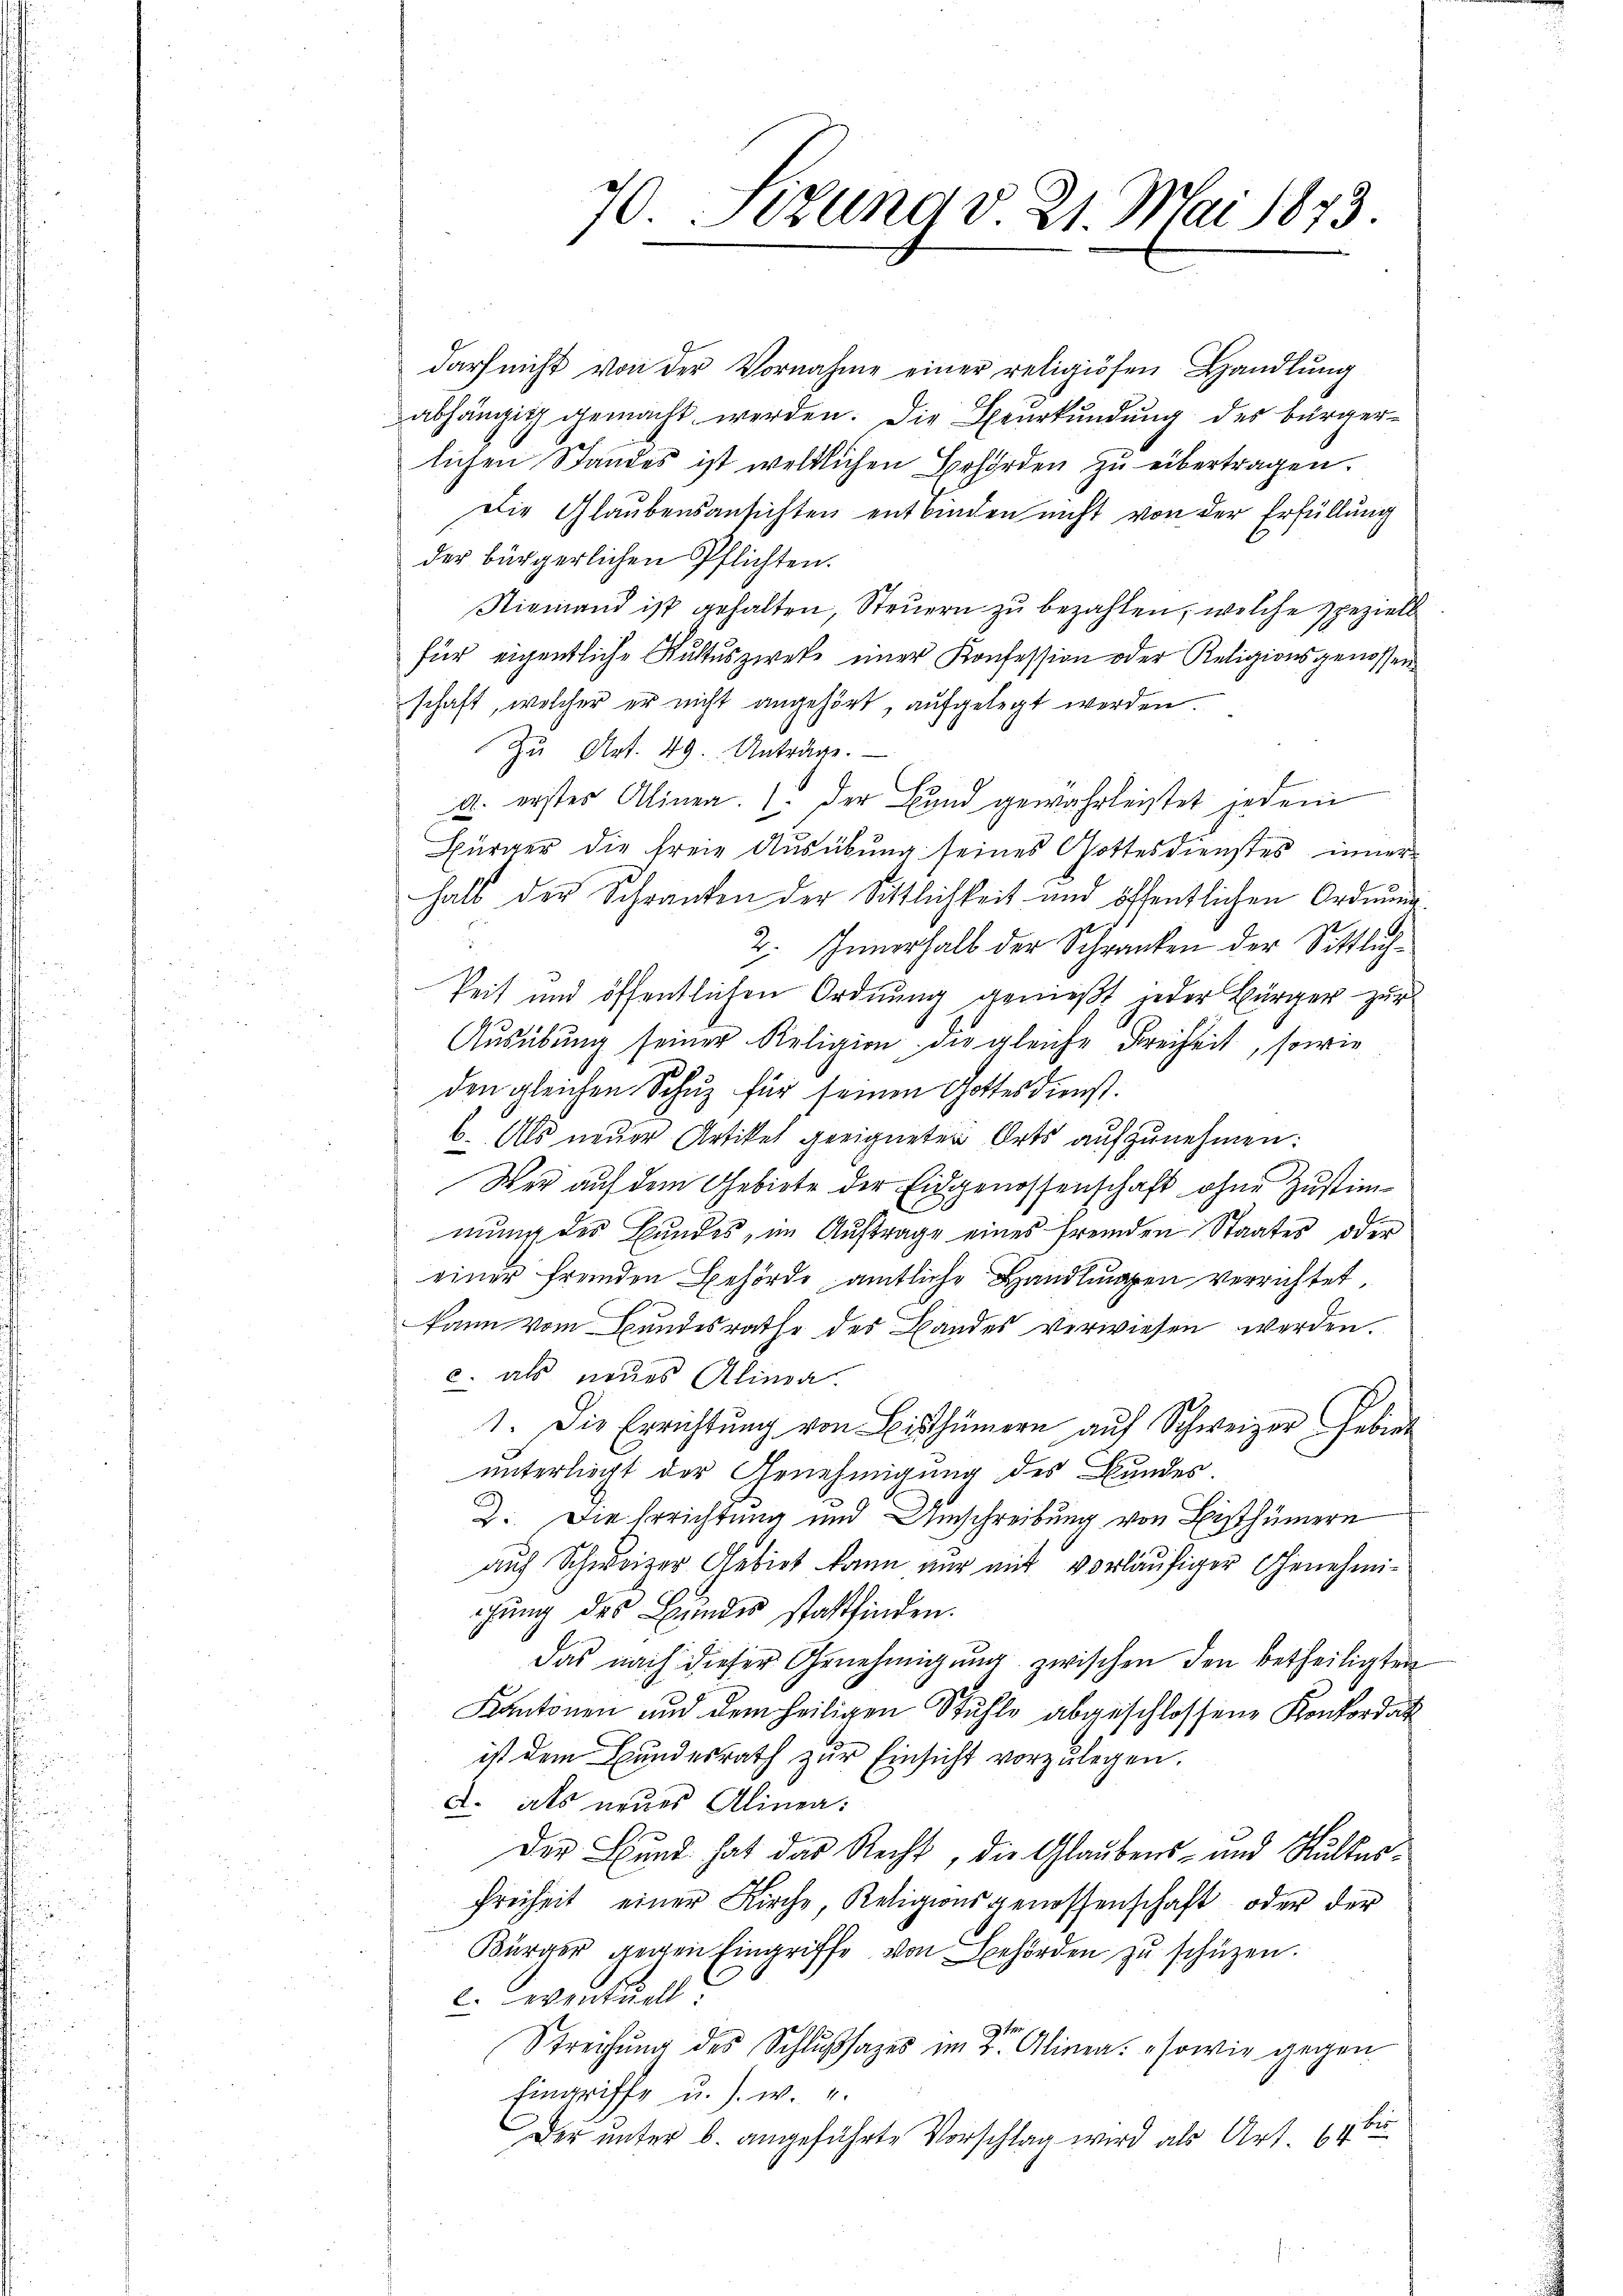
70. Jezung v. 21. Mai 1873.

darf nicht von der Vornahme einer religiösen Handlung
abhängig gemacht werden. Die Beurkundung des bürgerlichen Standes ist weltlichen Behörden zu übertragen.
Die Glaubensansichten entbinden nicht von der Erfüllung
der bürgerlichen Pflichten.
Niemand ist gehalten, Steuern zu bezahlen, welche speziell
für eigentliche Kultuszieke einer Konfession oder Religionsgenossen
schaft, welcher er nicht angehört, aufgelegt werden.
Zu Art. 49. Anträge.
a. erstes Alinea. 1. Der Bund gewährleistet jedem
Bürger die freie Ausübung seines Gottesdienstes inner
halb der Schranken der Sittlichkeit und öffentlichen Ordnung
2. Innerhalb der Schranken der Sittlichkeit und öffentlichen Ordnung genießt jeder Bürger zur
Aŭsübŭng seiner Religion die gleiche Freiheit, sowie
den gleichen Schuz für seinen Gottesdienst.
b. Als neuer Artikel geeigneten Orts aufzunehmen:
Wer auf dem Gebiete der Eidgenossenschaft ohne Zustim¬
2
mung des Bundes, im Auftrage eines fremden Staates oder
einer fremden Behörde amtliche Handlungen verrichtet,
kann vom Bundesrathe des Bandes verwiesen werden.
c. als neues Alina.
1. Die Errichtung von Bisthümern auf Schweizer Gebiet
unterliegt der Genehmigung des Bundes.
2. Die Errichtung und Umschreibung von Bisthümern
auf Schweizer Gebiet kann nur mit vorläufiger Genehmiichung des Bundes stattfinden.
das nach dieser Genehmigŭng zwischen den betheiligten
Kantonen und dem heiligen Stühle abgeschlossene Konkordat
ist dem Bundesrath zŭr Einsicht vorzulegen.
d. als neues Alinea:
Der Bund hat das Recht, die Glaubens- und Hulterfreiheit einer Kirche Religionsgenossenschaft oder der
Bürger gegen Eingriffe von Behörden zŭ schützen.
l. wentuell
Streichung des Schlußsazes im Alinea: sowie gegen
Eingriffe u. s. w. u.
Der unter b. angeführte Vorschlag wird als Art. 64 bi